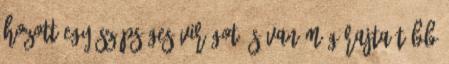
hozott egy szépséges virágot és van még rajta több